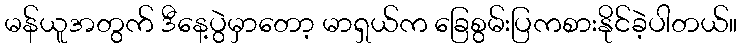
မန်ယူအတွက် ဒီနေ့ပွဲမှာတော့ မာရှယ်က ခြေစွမ်းပြကစားနိုင်ခဲ့ပါတယ်။